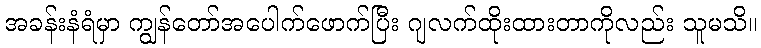
အခန်းနံရံမှာ ကျွန်တော်အပေါက်ဖောက်ပြီး ဂျလက်ထိုးထားတာကိုလည်း သူမသိ။